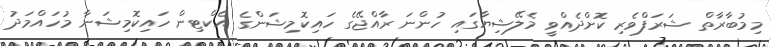
މިމުބާރާތް ޝަރަފްވެރި ކޮށްދެއްވީ މެލޭޝިޔާގައި ހުންނަ ރާއްޖޭގެ ހައިކޮމިޝަންގެ އެކްޓިން ހައިކޮމިޝަނާ މުހައްމަދު